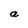
Character: a